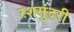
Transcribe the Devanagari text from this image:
रशसुंदरी